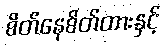
စိတ်နေစိတ်ထားနှင့်